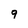
Character: 9